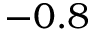
- 0 . 8